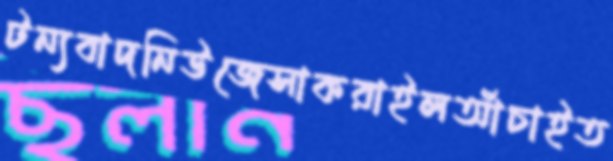
টন্যবাদনিউজেসাকরাইলআঁচাইত